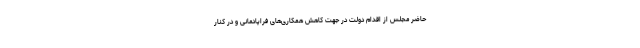
حاضر مجلس از اقدام دولت در جهت کاهش همکاری‌های فراپادمانی و در کنار